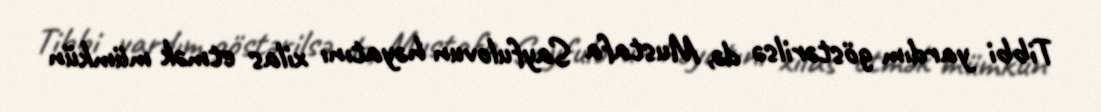
Tibbi yardım göstərilsə də, Mustafa Sayfulovun həyatını xilas etmək mümkün